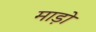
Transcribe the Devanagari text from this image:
माड़ो